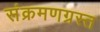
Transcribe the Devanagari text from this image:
संक्रमणग्रस्त